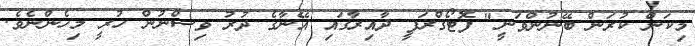
މިކަން ކުރަން ބޭނުންވަނީ" ފޮޓޯގްރަފީ ދާއިރާގައި އޭނާގެ ދުރު ވިސްނުން ހުރީ މިހެންނެވެ.